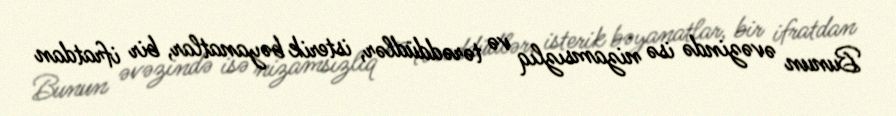
Bunun əvəzində isə nizamsızlıq və tərəddüdlər, isterik bəyanatlar, bir ifratdan